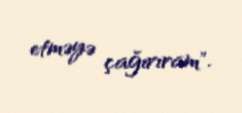
etməyə çağırıram".